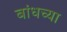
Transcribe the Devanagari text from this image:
बांधच्या